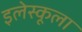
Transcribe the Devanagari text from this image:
इलेस्कूला